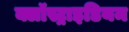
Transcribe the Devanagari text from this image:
क्लॉस्ट्राइडियम